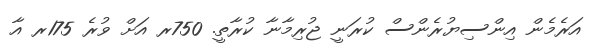
އަަރެމެން އިންސިޔުރެންސް ކުރަނީ ޖުރިމާނާ ކުރާތީ. 750ރ އަށް ވުރެ 175ރ އާ